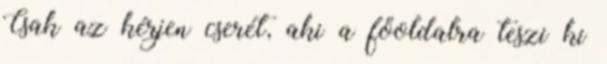
Csak az kérjen cserét, aki a főoldalra teszi ki